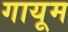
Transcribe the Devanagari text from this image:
गायूम